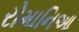
રોમાનિઆ